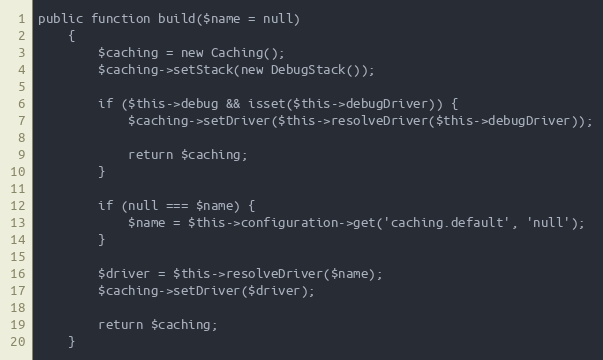
Language: PHP
public function build($name = null)
    {
        $caching = new Caching();
        $caching->setStack(new DebugStack());

        if ($this->debug && isset($this->debugDriver)) {
            $caching->setDriver($this->resolveDriver($this->debugDriver));

            return $caching;
        }

        if (null === $name) {
            $name = $this->configuration->get('caching.default', 'null');
        }

        $driver = $this->resolveDriver($name);
        $caching->setDriver($driver);

        return $caching;
    }